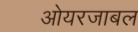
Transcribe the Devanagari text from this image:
ओयरजाबल